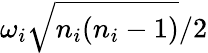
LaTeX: {\omega_{i}}\sqrt{n_{i}(n_{i}-1)}/2